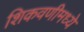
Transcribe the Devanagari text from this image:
शिकवणीमध्ये